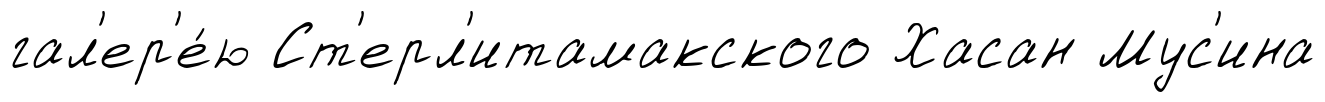
гал'ер'е́ю Ст'ерл'итамакского Хасан Мус'ина